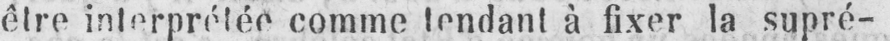
être interprétée comme tendant à fixer la supré-